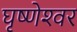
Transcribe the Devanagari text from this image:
घृष्‍णेश्‍वर